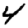
Digit: 4